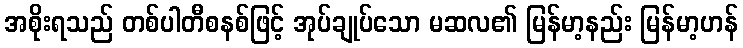
အစိုးရသည် တစ်ပါတီစနစ်ဖြင့် အုပ်ချုပ်သော မဆလ၏ မြန်မာ့နည်း မြန်မာ့ဟန်